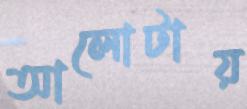
আলোটায়